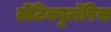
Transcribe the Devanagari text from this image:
लेंटिक्युलॅरिस